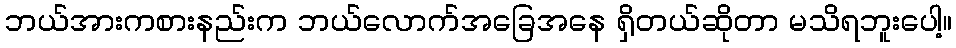
ဘယ်အားကစားနည်းက ဘယ်လောက်အခြေအနေ ရှိတယ်ဆိုတာ မသိရဘူးပေါ့။